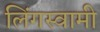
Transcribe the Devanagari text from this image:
लिंगस्वामी